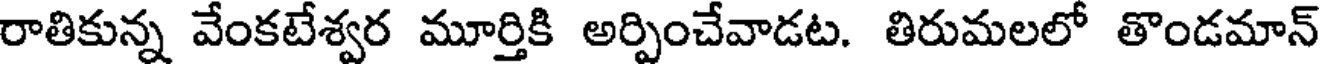
రాతికున్న వేంకటేశ్వర మూర్తికి అర్పించేవాడట. తిరుమలలో తొండమాన్